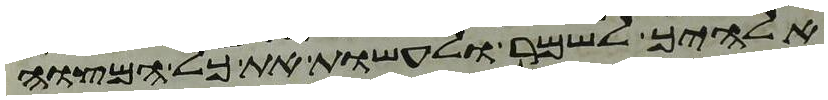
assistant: אלהיך לשמר לעשות את כל המצוה